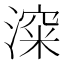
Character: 𰜿